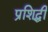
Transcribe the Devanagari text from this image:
प्रशिद्धी